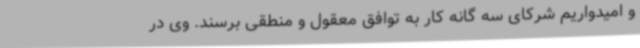
و امیدواریم شرکای سه گانه کار به توافق معقول و منطقی برسند. وی در